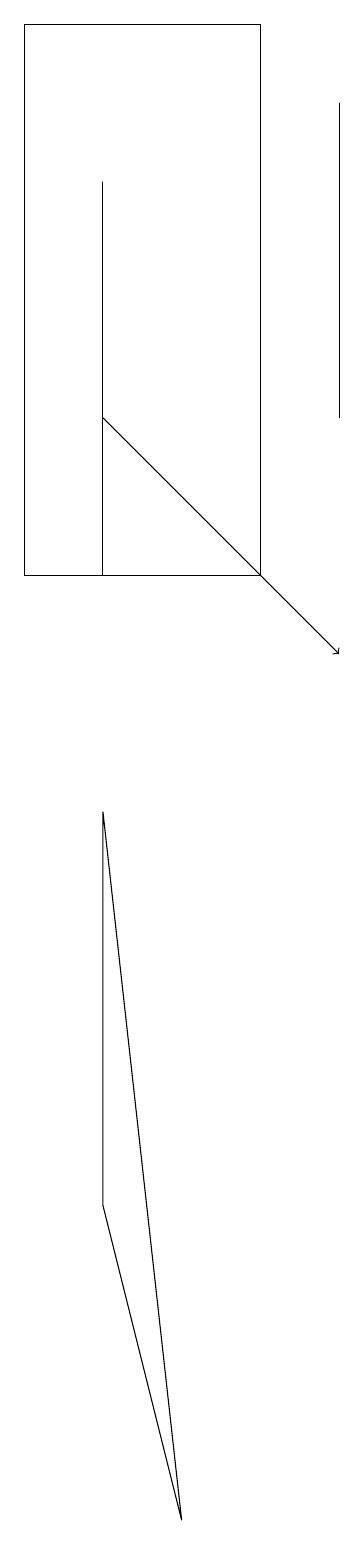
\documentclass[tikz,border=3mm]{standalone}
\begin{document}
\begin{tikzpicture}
\draw (2,4) -- (3,0) -- (2,9) -- cycle;
\draw (2,12) rectangle (2,17);
\draw[->] (2,14) -- (5,11);
\draw (4,12) rectangle (1,19);
\draw (5,14) rectangle (5,18);
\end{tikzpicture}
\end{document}